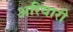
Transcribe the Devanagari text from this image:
अरियारी